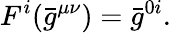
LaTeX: {}F^{i}({\bar{g}}^{\mu\nu})={\bar{g}}^{0i}.